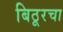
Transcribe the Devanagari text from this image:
बिठूरचा